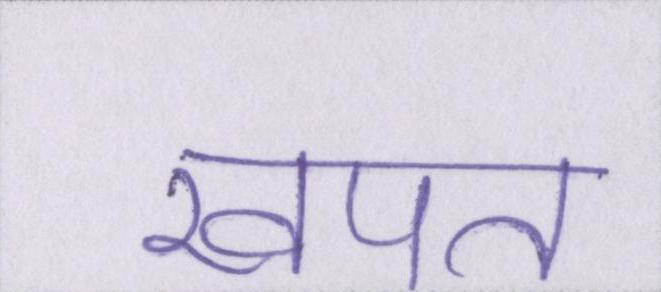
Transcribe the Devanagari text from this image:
खपत